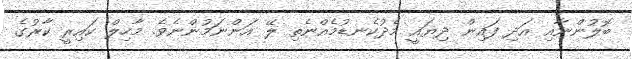
ބޮލުންނާއި އަދި ފައިން ދިޔައީ މެދުކެނޑުމެއްނެތި ލޭ އަންނަމުންނެވެ. މާހިލް ކައިރީ ކާރުގެ